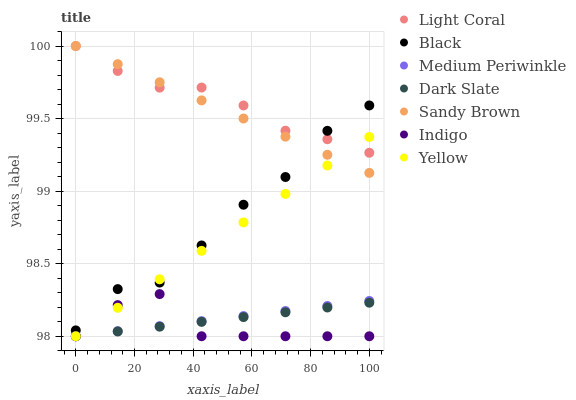
| xaxis_label | Light Coral | Black | Medium Periwinkle | Dark Slate | Sandy Brown | Indigo | Yellow |
 | --- | --- | --- | --- | --- | --- | --- | --- |
 | 0 | 100 | 98 | 98 | 98 | 100 | 98 | 98 |
 | 14.3 | 99.8 | 98.3 | 98 | 98 | 99.9 | 98.2 | 98.2 |
 | 28.6 | 99.7 | 98.4 | 98.1 | 98.1 | 99.8 | 98.3 | 98.4 |
 | 42.9 | 99.7 | 98.6 | 98.1 | 98.1 | 99.6 | 98 | 98.6 |
 | 57.1 | 99.6 | 98.9 | 98.1 | 98.1 | 99.5 | 98 | 98.8 |
 | 71.4 | 99.4 | 99.1 | 98.2 | 98.2 | 99.4 | 98 | 99 |
 | 85.7 | 99.4 | 99.4 | 98.2 | 98.2 | 99.3 | 98 | 99.2 |
 | 100 | 99.3 | 99.6 | 98.2 | 98.2 | 99.1 | 98 | 99.4 |